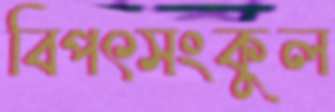
বিপৎসংকুল